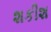
શકીશ